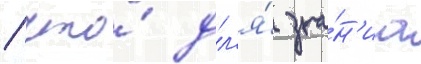
/ что́ дл'я́ зна́н'иа